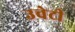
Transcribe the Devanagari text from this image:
उचेटी